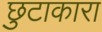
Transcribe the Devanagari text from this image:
छुटाकारा